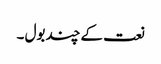
نعت کے چند بول ۔